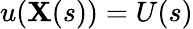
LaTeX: u(\mathbf{X}(s))=U(s)